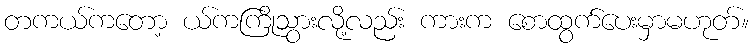
တကယ်ကတော့ ယ်ကကြိုသွားလို့လည်း ကားက စောထွက်ပေးမှာမဟုတ်။